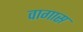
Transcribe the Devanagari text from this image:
वागास